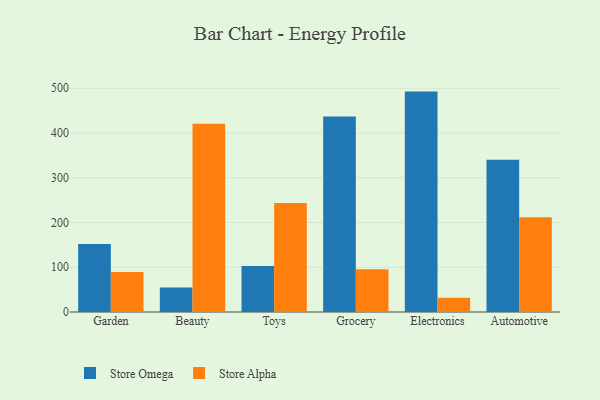
{"axis": {"x": "Category", "y": "Customer Acquisition Cost (USD)"}, "legend": ["Store Alpha", "Store Omega"], "data": [{"x": "Garden", "y": 152.2, "type": "Store Omega"}, {"x": "Garden", "y": 89.2, "type": "Store Alpha"}, {"x": "Beauty", "y": 54.5, "type": "Store Omega"}, {"x": "Beauty", "y": 420.5, "type": "Store Alpha"}, {"x": "Toys", "y": 102.6, "type": "Store Omega"}, {"x": "Toys", "y": 243.6, "type": "Store Alpha"}, {"x": "Grocery", "y": 437.0, "type": "Store Omega"}, {"x": "Grocery", "y": 95.5, "type": "Store Alpha"}, {"x": "Electronics", "y": 492.5, "type": "Store Omega"}, {"x": "Electronics", "y": 31.9, "type": "Store Alpha"}, {"x": "Automotive", "y": 340.0, "type": "Store Omega"}, {"x": "Automotive", "y": 211.9, "type": "Store Alpha"}]}